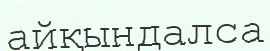
айқындалса